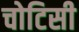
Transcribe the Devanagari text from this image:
चोटिसी